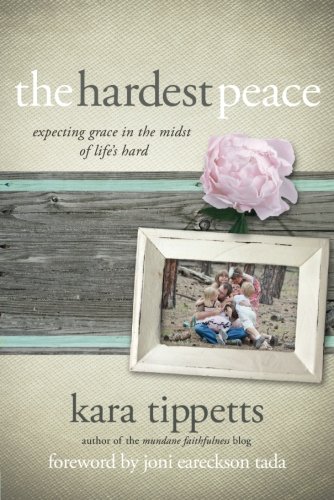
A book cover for The Hardest Peace: Expecting Grace in the Midst of Life's Hard; Kara Tippetts; Self-Help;